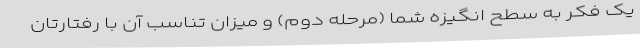
یک فکر به سطح انگیزه شما (مرحله دوم) و میزان تناسب آن با رفتارتان